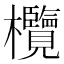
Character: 欖